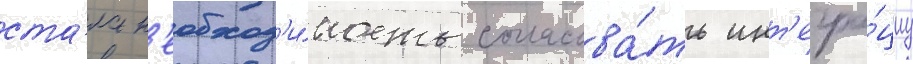
ста́ла н'еобход'и́мость согласова́ть инт'егра́циу